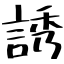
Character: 誘